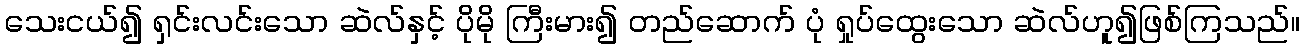
သေးငယ်၍ ရှင်းလင်းသော ဆဲလ်နှင့် ပိုမို ကြီးမား၍ တည်ဆောက် ပုံ ရှုပ်ထွေးသော ဆဲလ်ဟူ၍ဖြစ်ကြသည်။